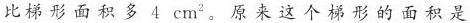
比梯形面积多4cm^{2}。原来这个梯形的面积是